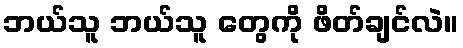
ဘယ်သူ ဘယ်သူ တွေကို ဖိတ်ချင်လဲ။